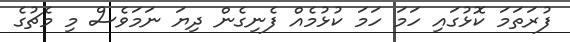
ފުރަތަމަ ކޮޅުގައި ހަމަ ހަމަ ކުޅުމެއް ފެނިގެން ދިޔަ ނަމަވެސް މި މެޗުގެ